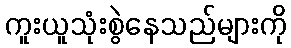
ကူးယူသုံးစွဲနေသည်များကို